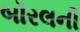
બૉરલની